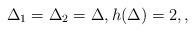
LaTeX: \begin{align*}\Delta_1=\Delta_2=\Delta, h(\Delta)=2, ,\end{align*}